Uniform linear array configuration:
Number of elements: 16
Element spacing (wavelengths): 0.75
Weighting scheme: blackman
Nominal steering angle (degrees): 45
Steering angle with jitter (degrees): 44.915
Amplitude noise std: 0.05
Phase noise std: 0.05

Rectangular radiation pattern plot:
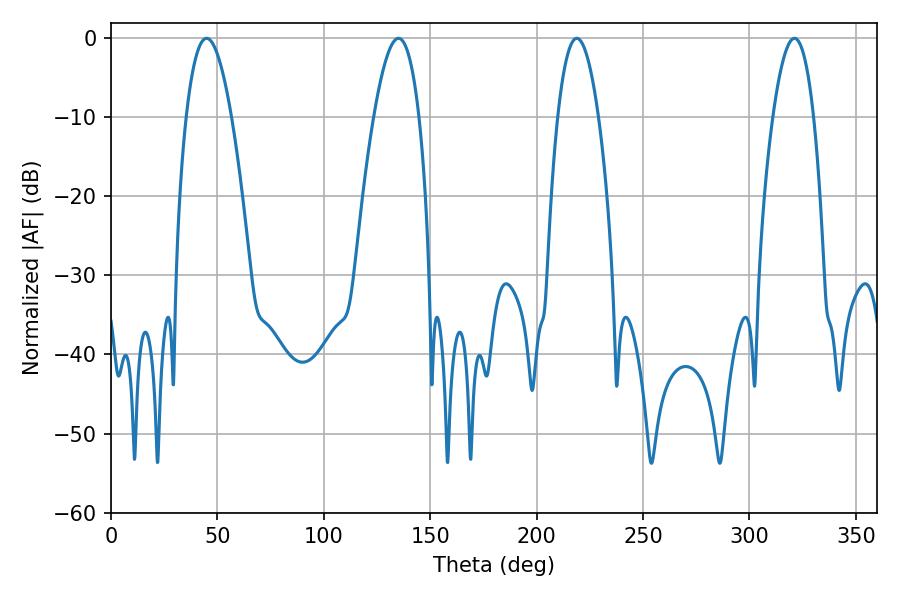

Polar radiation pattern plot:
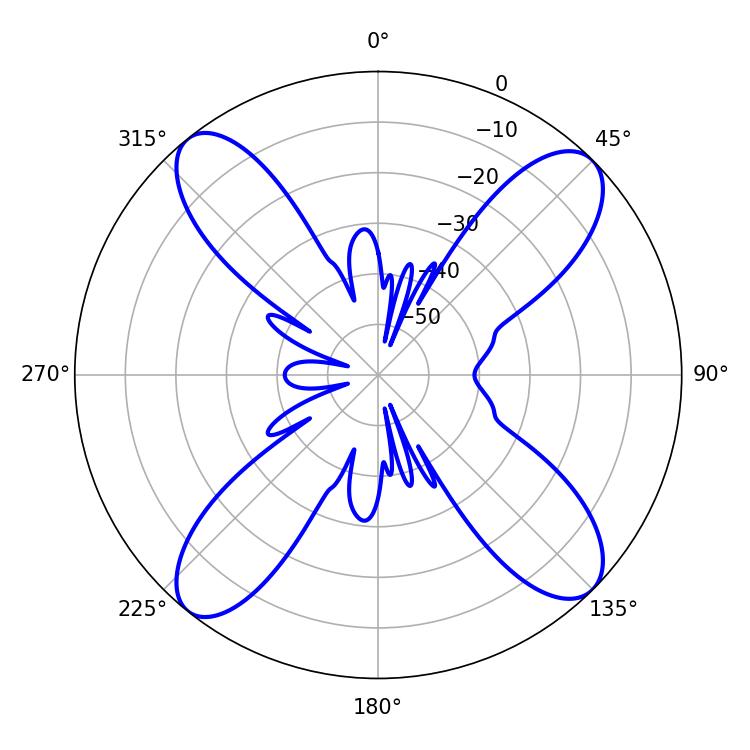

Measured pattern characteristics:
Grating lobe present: TRUE
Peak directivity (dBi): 15.064
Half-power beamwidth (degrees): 10.44
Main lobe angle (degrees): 218.88